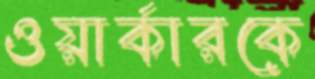
ওয়ার্কারকে